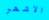
الاشهر